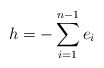
\begin{align*}h=-\sum_{i=1}^{n-1}e_i\end{align*}